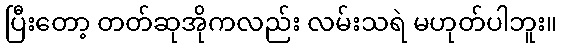
ပြီးတော့ တတ်ဆုအိုကလည်း လမ်းသရဲ မဟုတ်ပါဘူး။